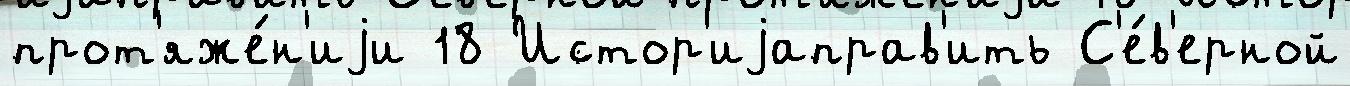
прот'яже́н'иjи 18 Истор'иjаправ'ить С'е́в'ерной